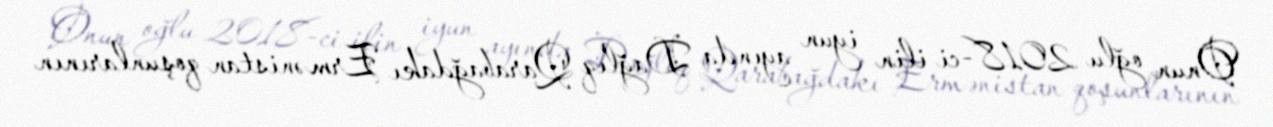
Onun oğlu 2018-ci ilin iyun ayında Dağlıq Qarabağdakı Ermənistan qoşunlarının